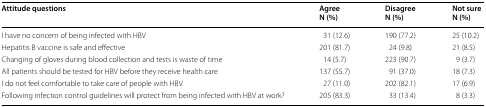
<table><thead><tr><td><b>Attitude questions</b></td><td><b>AgreeN (%)</b></td><td><b>DisagreeN (%)</b></td><td><b>Not sureN (%)</b></td></tr></thead><tbody><tr><td>I have no concern of being infected with HBV</td><td>31 (12.6)</td><td>190 (77.2)</td><td>25 (10.2)</td></tr><tr><td>Hepatitis B vaccine is safe and effective</td><td>201 (81.7)</td><td>24 (9.8)</td><td>21 (8.5)</td></tr><tr><td>Changing of gloves during blood collection and tests is waste of time</td><td>14 (5.7)</td><td>223 (90.7)</td><td>9 (3.7)</td></tr><tr><td>All patients should be tested for HBV before they receive health care</td><td>137 (55.7)</td><td>91 (37.0)</td><td>18 (7.3)</td></tr><tr><td>I do not feel comfortable to take care of people with HBV</td><td>27 (11.0)</td><td>202 (82.1)</td><td>17 (6.9)</td></tr><tr><td>Following infection control guidelines will protect from being infected with HBV at work?</td><td>205 (83.3)</td><td>33 (13.4)</td><td>8 (3.3)</td></tr></tbody></table>